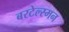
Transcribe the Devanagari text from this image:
बरटेल्स्मन